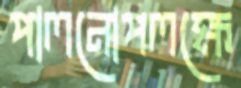
পালনোপলক্ষে